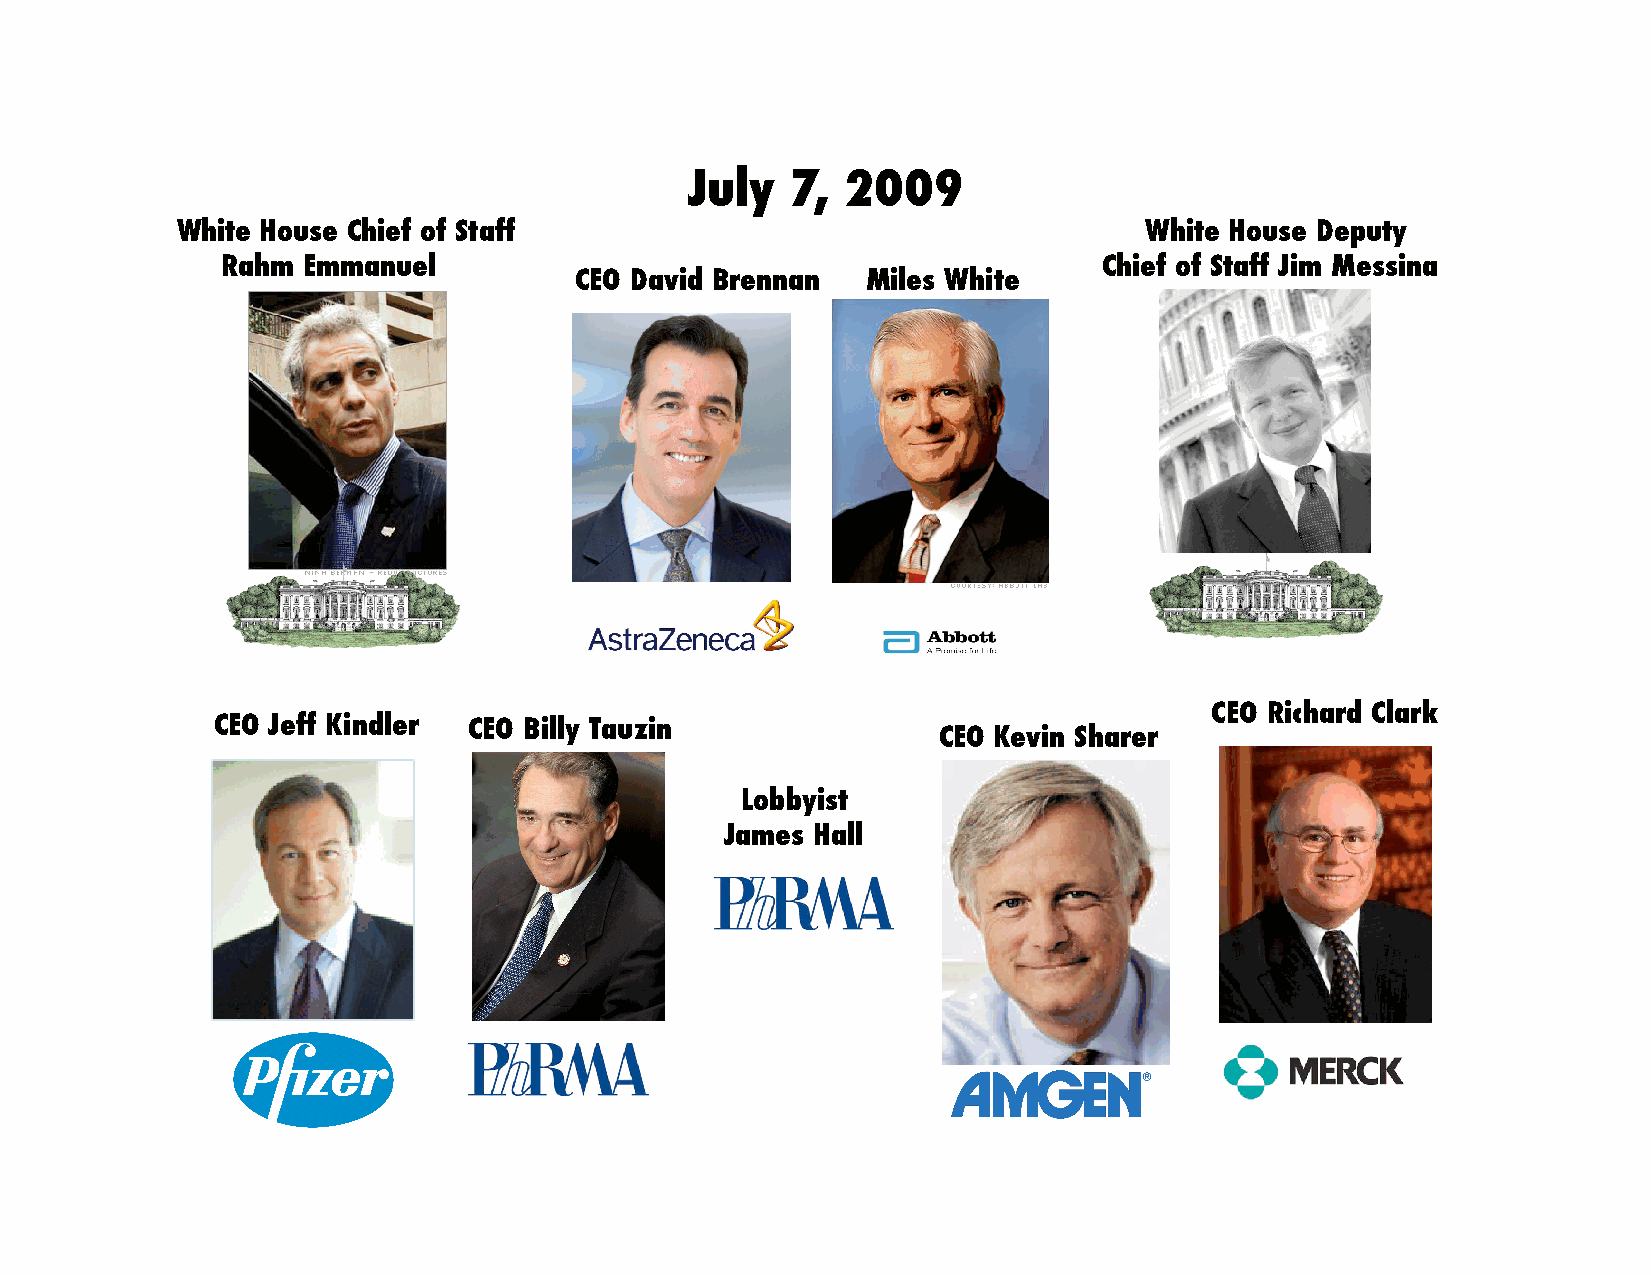
July  7,  2009!
 White House Chief of Staff !                                    White House Deputy !
 Rahm Emmanuel!                                            Chief of Staff Jim Messina!
 CEO David Brennan! Miles White!
 CEO Richard Clark!
 CEO Jeff Kindler! CEO Billy Tauzin!
 CEO Kevin Sharer!
 Lobbyist!
 James Hall!